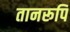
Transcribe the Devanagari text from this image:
तानरूपि